Vaccination United Provinces of Agra and Oudh 1902-1913 - 1902-1913
Year: 1902
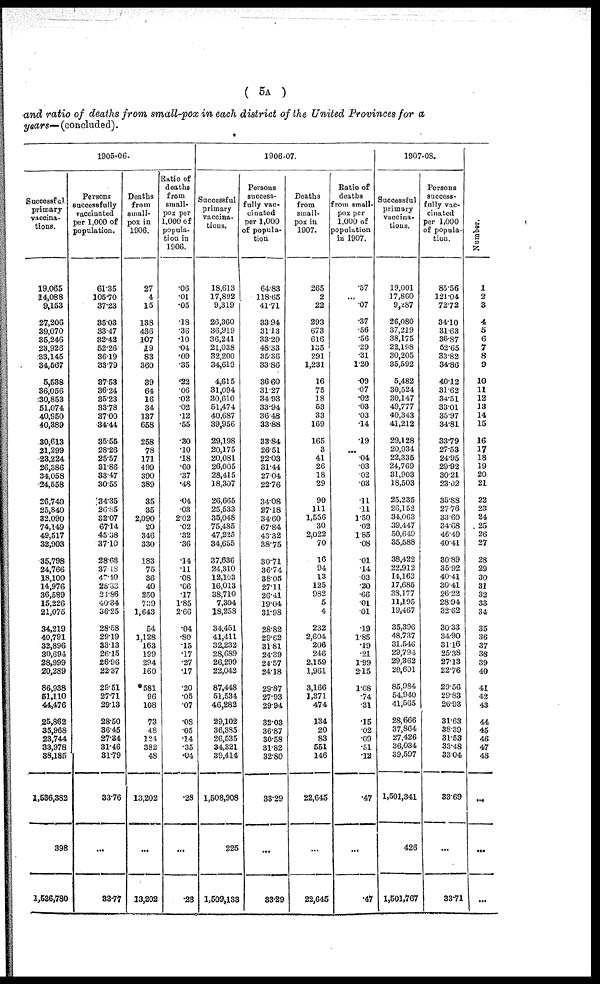
( 5A )
and ratio of deaths from small-pox in each district of the United Provinces for a
years— (concluded).
1905-06.
Successful
primary
vaccina-
tions.
19,065
14,088
9,153
27,206
39,070
35,246
23,926
33,145
34,567
5,538
36,056
30,853
51,074
40,950
40,389
30,613
21,299
23,224
26,386
34,058
24,558
26,740
25,840
32,090
74,149
49,517
32,903
35,798
24,766
18,100
14,976
36,589
15,226
21,075
34,219
40,791
32,896
30,694
28,999
20,289
86,938
51,110
44,476
25,862
35,968
23,744
33,978
38,185
1,536,382
398
1,536,780
Persons
successfully
vaccinated
per 1,000 of
population.
61.35
105.70
37.23
35.03
33.47
32.42
52.26
36.19
33.79
37.53
36.24
35.23
33.78
37.00
34.44
35.56
28.26
25.57
31.86
33.47
30.55
34.35
26.85
32.07
67.14
45.38
37.10
28.68
37.18
47.40
25.33
24.86
40.34
36.25
28.58
29.19
33.13
26.15
26.96
22.37
29.51
27.71
29.13
28.50
36.45
27.34
31.46
31.79
33.76
...
33.77
Deaths
from
small-
pox in
1906.
27
4
15
138
436
107
19
83
360
39
64
16
34
137
658
258
78
171
499
390
389
35
35
2,090
20
346
330
183
75
36
40
250
739
1,643
54
1,128
163
199
294
160
581
96
108
73
48
124
382
48
13,202
...
13,202
Ratio of
deaths
from
small¬
pox per
1,000 of
popula-
tion in
1906.
.06
.01
.05
.18
.36
.10
.04
.09
.35
.22
.06
.02
.02
.12
.55
.30
.10
.18
.60
.37
.48
.04
.03
2.02
.02
.32
.36
.14
.11
.08
.06
.17
1.85
2.66
.04
.80
.15
.17
.27
.17
.20
.05
.07
.08
.05
.14
.35
.04
.28
...
.28
1906-07.
Successful
primary
vaccina-
tions.
18,613
17,892
9,319
26,360
36,919
36,241
21,038
32,200
34,619
4,615
31,094
30,610
51,474
40,687
39,956
29,198
20,175
20,081
26,005
28,415
18,307
26,665
25,533
35,048
75,485
47,225
34,655
37,636
24,310
12,103
16,013
38,710
7,304
18,258
34,451
41,411
32,232
28,689
26,299
22,042
87,448
51,534
46,282
29,102
36,385
26,535
34,321
39,414
1,508,908
225
1,509,133
Persons
success-
fully vac-
cinated
per 1,000
of popula-
tion
64.83
118.65
41.71
33.94
31.13
33.29
48.33
35.36
33.86
36.60
31.27
34.93
33.94
36.48
33.88
33.84
26.51
22.03
31.44
27.04
22.76
34.08
27.18
34.60
67.84
43.32
38.75
30.71
36.74
38.05
27.11
26.41
19.04
31.98
28.82
29.62
31.81
24.39
24.57
24.18
29.87
27.93
29.94
32.03
36.87
30.58
31.82
32.80
33.29
...
33.29
Deaths
from
small-
pox in
1907.
265
2
22
293
673
616
135
291
1,231
16
75
18
53
33
169
165
3
41
26
18
29
90
111
1,556
30
2,022
70
16
94
13
125
982
5
4
232
2,604
206
246
2,159
1,961
3,166
1,371
474
134
20
83
551
146
22,645
...
22,645
Ratio of
deaths
from small-
pox per
1,000 of
population
in 1907.
.57
...
.07
.37
.56
.56
.29
.31
1.20
.09
.07
.02
.03
.03
.14
19
...
.04
.03
.02
.03
.11
.11
1.50
.02
1.85
.08
.01
.14
.03
.20
.66
01
.01
.19
1.85
.19
.21
1.99
2.15
1.08
.74
.31
.15
.02
.09
.51
.12
.47
...
.47
1907-08.
Successful
primary
vaccina-
tions.
19,001
17,860
9,287
26,080
37,219
38,175
22,198
30,205
35,592
5,482
30,524
30,147
49,777
40,343
41,212
29,128
20,934
22,335
24,769
31,903
18,503
25,235
26,152
34,063
39,447
50,649
35,588
38,422
22,912
14,163
17,685
38,177
11,195
19,467
35,396
48,737
31,546
29,794
29,362
20,601
85,984
54,940
41,565
28,666
37,864
27,426
36,034
39,597
1,501,341
426
1,501,767
Persons
success-
fully vac-
cinated
per 1,000
of popula-
tion.
85.56
121.04
72.72
34.10
31.63
36.87
52.65
33.82
34.86
40.12
31.62
34.51
33.01
35.97
34.81
33.79
27.53
24.95
29.92
30.21
23.02
35.88
27.76
33.60
34.68
46.49
40.41
30.89
35.92
40.41
30.41
26.22
28.94
32.62
30.33
34.90
31.16
25.38
27.13
22.76
29.56
29.33
26.93
31.63
38.39
31.53
33.48
33.04
33.69
...
33.71
Number.
1
2
3
4
5
6
7
8
9
10
11
12
13
14
15
16
17
18
19
20
21
22
23
24
25
26
27
28
29
30
31
32
33
34
35
36
37
38
39
40
41
42
43
44
45
46
47
48
...
...
...